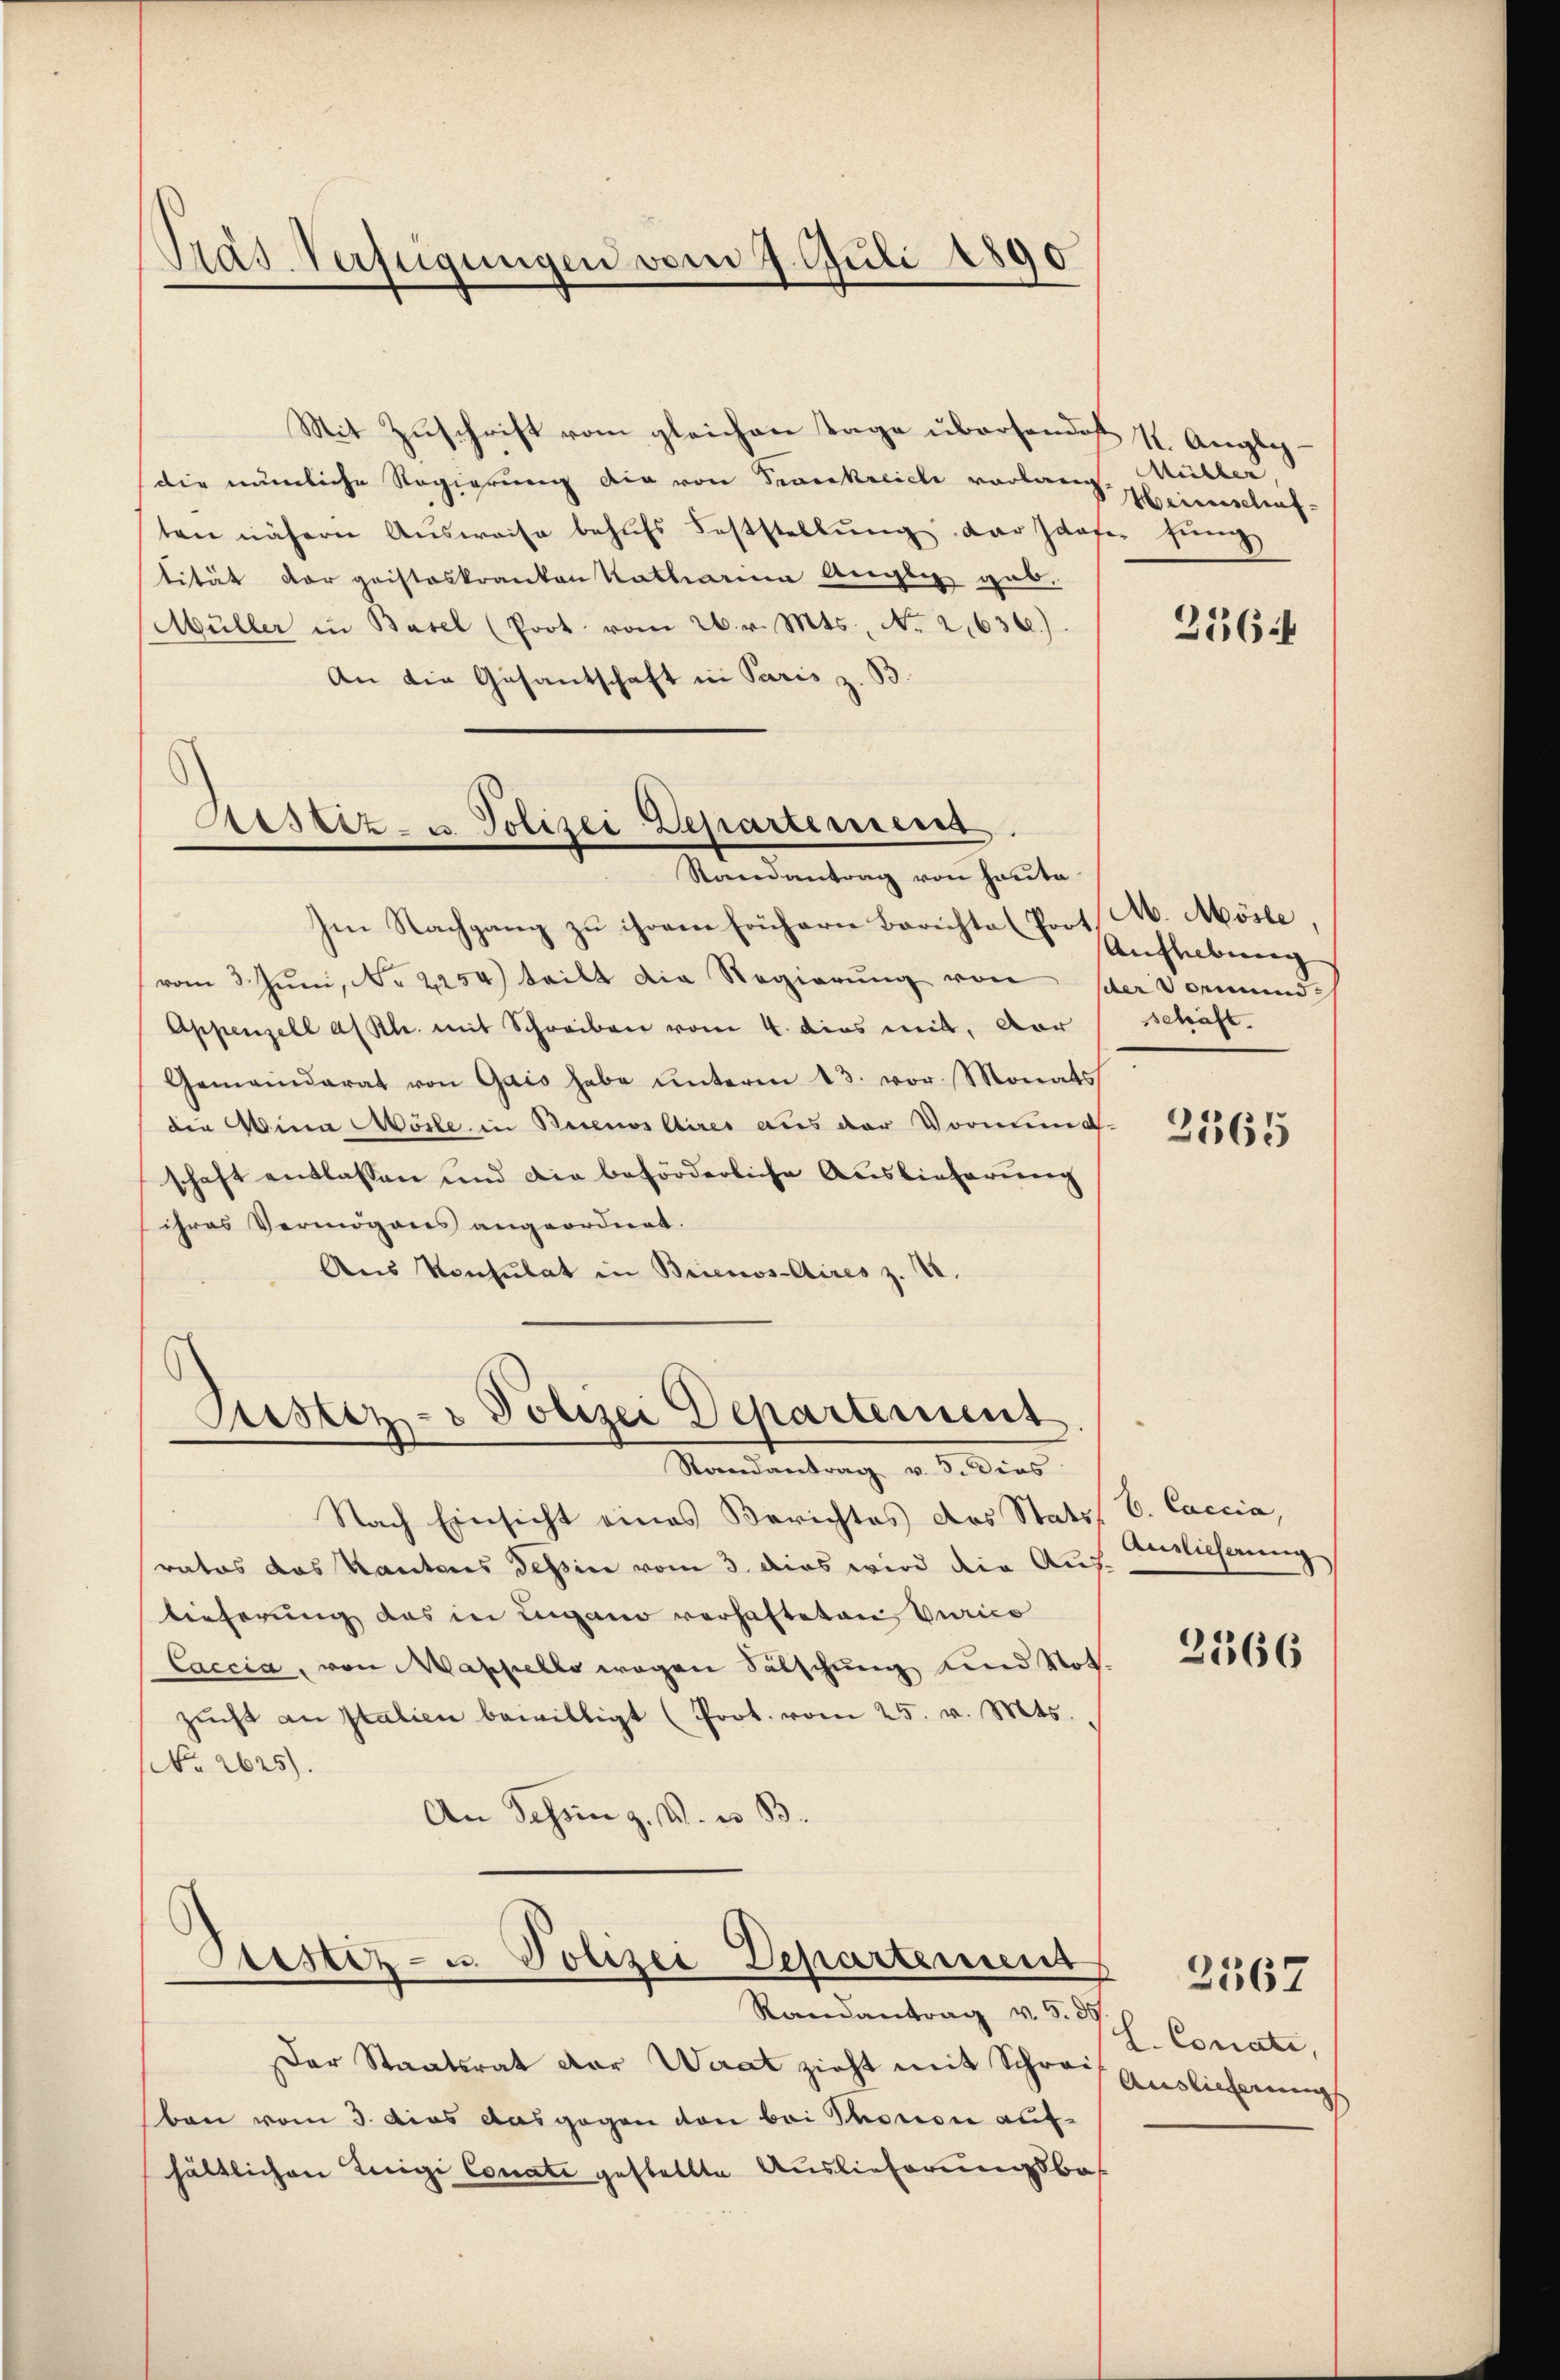
Pras Verfügungen vom 4. Juli 1890

Aistiz- u. Polizei-Departement.
Randantrag von heute

Justiz- & Polizei Departement.
Randantrag v. 3. Dies

Mit Zuschrift vom gleichen Tage übersendes 1. Augly-
die nämliche Regierung die von Trankreich vorlang. Müller,
ten nähern Aŭsweise behŭfs Feststellŭng der Idafer fung
tität der geisteskranken Katharina Angli gab.
Müller in Basel (Poot vom 26. v. Mts., No 2,636).
An die Gesandschaft in Paris z. B.
Im Nachgang zu ihrem frühern Berichte (Poot. M. Mösle,
vom 3. Juni, No 2254) teilt die Regierung von der Vormund
Appenzell a/Rh. mit Schreiben vom 4. dies mit, Aar
Gemeinderat von Gais habe ŭnterm 13. vor. Monats
die Wina Wolle in Buenos Aires aus der Vormund-
schaft entlassen und die beförderliche Auslieferung
ihres Vermögens angeordnet.
Aus Konsulat in Brienos-Aires z. B.

Destiz- u. Polizei Departement

Nach Einsicht eines Berichtes das Stats V. Caccia,
ratos das Kantons Tessin vom 3. dies wird die Auflieferung das in Lugano verhafteten Curico
Caccia, von Mappello wegen Fälschung und Not.
zŭcht an Italien bewilligt (Prot. vom 25. v. Mts.,
No 2625).
An Sching. V. u. B.

Der Staatsrat der Werat zieht mit Schrei Auslieferungs
ben vom 3. dies ausgegen von bei Thorion aufhältlichen Teigi Conati gestellte Auslieferungsbas

Randantrag v. 5. 55

Heimschaf¬

2164

Aufhebung
schäft.

2365

Auslicherung

2366

L. Conati,

2567